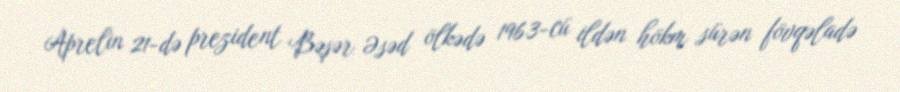
Aprelin 21-də prezident Bəşər Əsəd ölkədə 1963-cü ildən hökm sürən fövqəladə